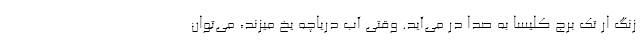
زنگ ار تک برج کلیسا به صدا در می‌آید. وقتی آب دریاچه یخ میزند، می‌توان